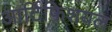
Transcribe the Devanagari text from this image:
आर्टिफिशयल